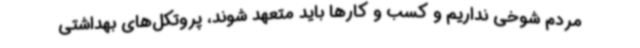
مردم شوخی نداریم و کسب و کارها باید متعهد شوند، پروتکل‌های بهداشتی